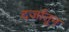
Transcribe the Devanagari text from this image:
दर्जातून